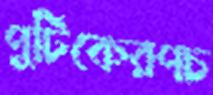
পুটিকেরপচ